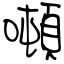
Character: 噸